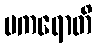
ပကရောတိ